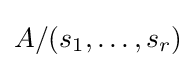
A/(s_{1},\dots ,s_{r})